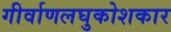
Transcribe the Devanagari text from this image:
गीर्वाणलघुकोशकार